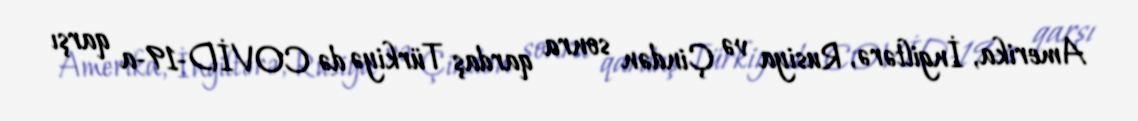
Amerika, İngiltərə, Rusiya və Çindən sonra qardaş Türkiyə də COVİD-19-a qarşı